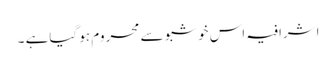
اشرافیہ اس خوشبو سے محروم ہو گیاہے ۔